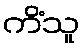
ကိံသူ